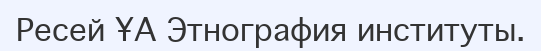
Ресей ҰА Этнография институты.